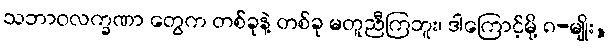
သဘာဝလက္ခဏာ တွေက တစ်ခုနဲ့ တစ်ခု မတူညီကြဘူး၊ ဒါကြောင့်မို့ ၈-မျိုး,